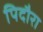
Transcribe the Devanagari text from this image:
पिदौरा